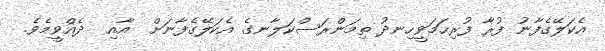
އެކަލޭގެފާނު ފުރާ ފުރިހަމަވީހިނދު ތިމަންރަސްކަލާނގެ އެކަލޭގެފާނަށް  އާއި  ދެއްވީމެވެ.